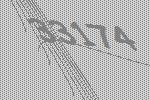
33174